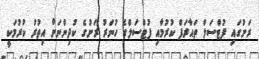
ރަށުގައި ފުޓްސަލް ތައާރަފް ކުރުމާއި ފުޓްސަލްގެ ހުނަރު ރަށުގެ ކުދިންނަށް އިތުރު ކުރުމަކީ